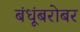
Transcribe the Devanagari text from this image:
बंधूंबरोबर